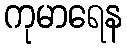
ကုမာရေန